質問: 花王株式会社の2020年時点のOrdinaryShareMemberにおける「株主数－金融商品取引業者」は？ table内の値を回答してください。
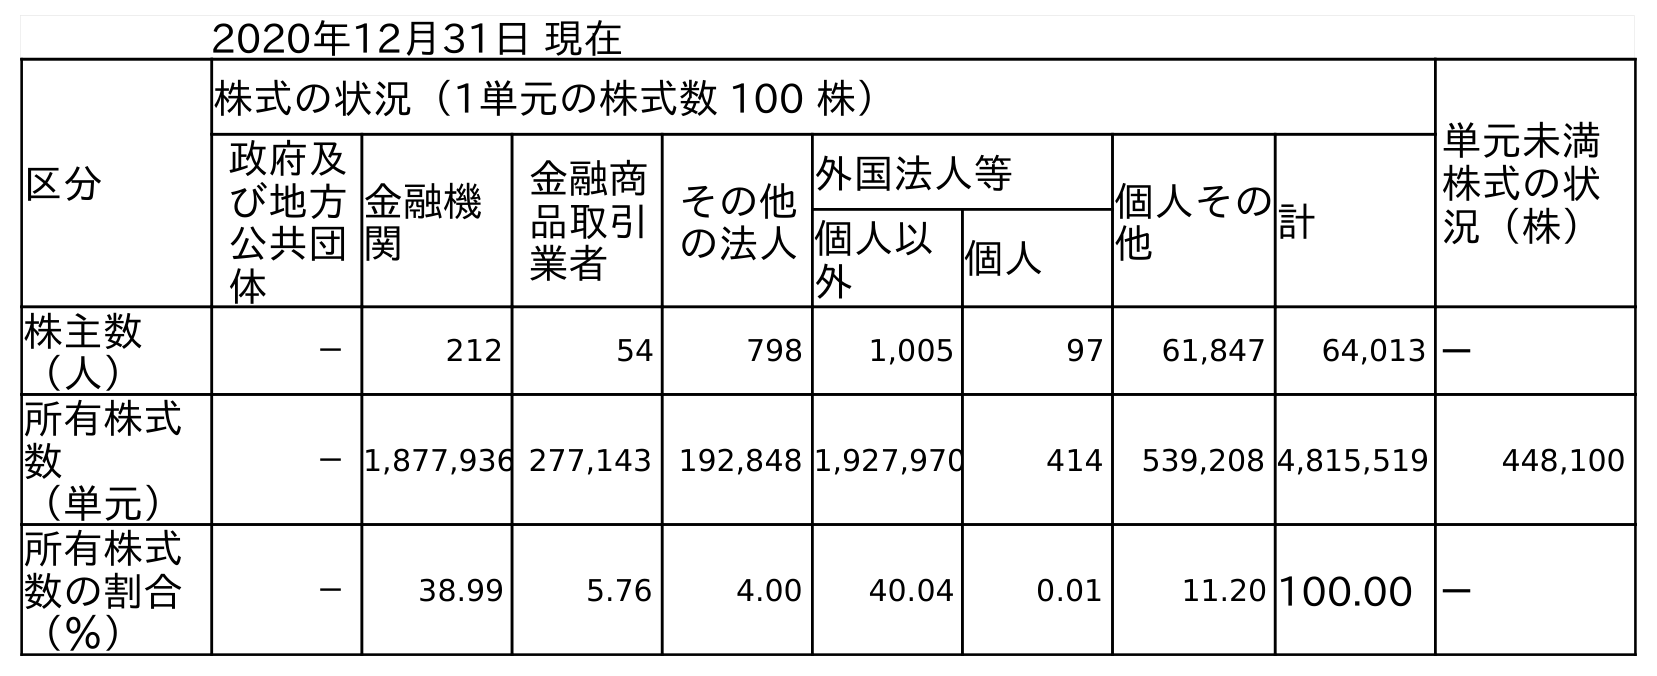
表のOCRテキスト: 2020年12月31日 現在 区分 株式の状況（1単元の株式数 100 株） 単元未満 株式の状 況（株） 政府及 び地方 公共団 体 金融機 関 金融商 品取引 業者 その他 の法人 外国法人等 個人その 他 計 個人以 外 個人 株主数 （人） － 212 54 798 1,005 97 61,847 64,013 － 所有株式 数 （単元） －1,877,936 277,143 192,848 1,927,970 414 539,208 4,815,519 448,100 所有株式 数の割合 （％） － 38.99 5.76 4.00 40.04 0.01 11.20 100.00 －
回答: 54